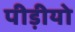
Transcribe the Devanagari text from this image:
पीड़ीयो